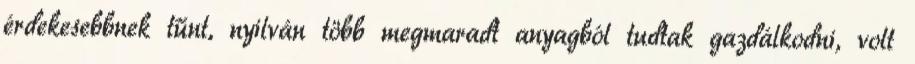
érdekesebbnek tűnt, nyilván több megmaradt anyagból tudtak gazdálkodni, volt